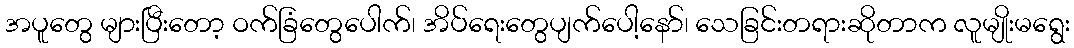
အပူတွေ များပြီးတော့ ဝက်ခြံတွေပေါက်၊ အိပ်ရေးတွေပျက်ပေါ့နော်၊ သေခြင်းတရားဆိုတာက လူမျိုးမရွေး